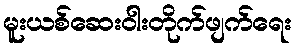
မူးယစ်ဆေးဝါးတိုက်ဖျက်ရေး